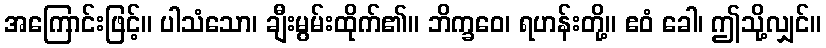
အကြောင်းဖြင့်။ ပါသံသော၊ ချီးမွမ်းထိုက်၏။ ဘိက္ခဝေ၊ ရဟန်းတို့။ ဧဝံ ခေါ၊ ဤသို့လျှင်။